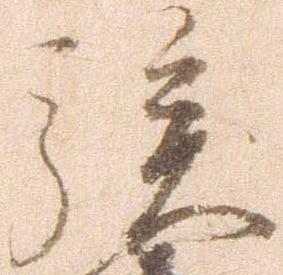
族